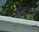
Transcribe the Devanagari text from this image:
शब्दार्थी